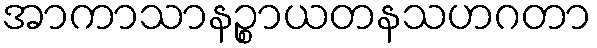
အာကာသာနဉ္စာယတနသဟဂတာ